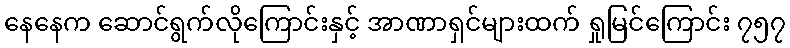
နေနေက ဆောင်ရွက်လိုကြောင်းနှင့် အာဏာရှင်များထက် ရှုမြင်ကြောင်း ၇၅၇